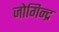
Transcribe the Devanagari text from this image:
जोगिन्द्र